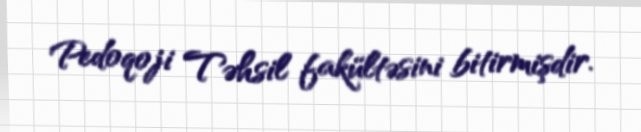
Pedoqoji Təhsil fakültəsini bitirmişdir.